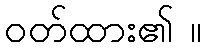
ဝတ်ထား၏ ။